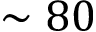
\sim 8 0